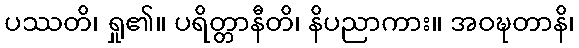
ပဿတိ၊ ရှု၏။ ပရိတ္တာနီတိ၊ နိပညာကား။ အဝဍ္ဎတာနိ၊